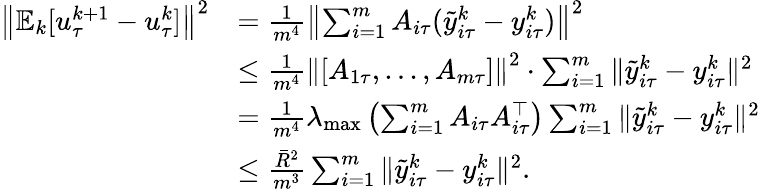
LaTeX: \begin{array}{rl}{\left\| \mathbb{E}_{k}[u_{\tau}^{k+1}-u_{\tau}^{k}]\right\| ^{2}}&{=\frac{1}{m^{4}}\left\| \sum_{i=1}^{m}A_{i\tau}({\tilde{y}}_{i\tau}^{k}-y_{i\tau}^{k})\right\| ^{2}}\\ &{\leq\frac{1}{m^{4}}\left\| [A_{1\tau},...,A_{m\tau}]\right\| ^{2}\cdot\sum_{i=1}^{m}\| {\tilde{y}}_{i\tau}^{k}-y_{i\tau}^{k}\| ^{2}}\\ &{=\frac{1}{m^{4}}\lambda_{\mathrm{max}}\left(\sum_{i=1}^{m}A_{i\tau}A_{i\tau}^{\top}\right)\sum_{i=1}^{m}\| {\tilde{y}}_{i\tau}^{k}-y_{i\tau}^{k}\| ^{2}}\\ &{\leq\frac{{\bar{R}}^{2}}{m^{3}}\sum_{i=1}^{m}\| {\tilde{y}}_{i\tau}^{k}-y_{i\tau}^{k}\| ^{2}.}\end{array}